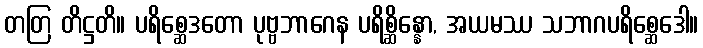
တတြ တိဋ္ဌတိ။ ပရိစ္ဆေဒတော ပုဗ္ဗဘာဂေန ပရိစ္ဆိန္နော, အယမဿ သဘာဂပရိစ္ဆေဒေါ။